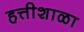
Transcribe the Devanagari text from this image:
हत्तीशाळा